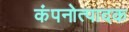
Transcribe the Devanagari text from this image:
कंपनोत्पादक